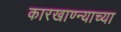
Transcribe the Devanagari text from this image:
कारखाण्न्याच्या